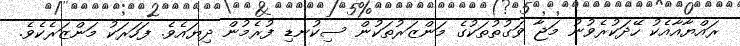
ރައްޔާއާއެކު ހޭދަކުރެވުނު މަޖާ ވަގުތުތަކުގެ މަންޒަރުތަކުން ސިކުނޑި ފުރެމުން ދިޔައެވެ. ފަހަރަކު މަންޒަރެކެވެ.